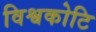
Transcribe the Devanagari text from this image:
विश्वकोटि